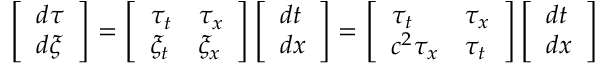
\left[ \begin{array} { l } { d \tau } \\ { d \xi } \end{array} \right] = \left[ \begin{array} { l l } { \tau _ { t } } & { \tau _ { x } } \\ { \xi _ { t } } & { \xi _ { x } } \end{array} \right] \left[ \begin{array} { l } { d t } \\ { d x } \end{array} \right] = \left[ \begin{array} { l l } { \tau _ { t } } & { \tau _ { x } } \\ { c ^ { 2 } \tau _ { x } } & { \tau _ { t } } \end{array} \right] \left[ \begin{array} { l } { d t } \\ { d x } \end{array} \right]